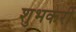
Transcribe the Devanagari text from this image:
शुभकरी